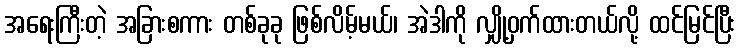
အရေးကြီးတဲ့ အခြားစကား တစ်ခုခု ဖြစ်လိမ့်မယ်၊ အဲဒါကို လျှို့ဝှက်ထားတယ်လို့ ထင်မြင်ပြီး